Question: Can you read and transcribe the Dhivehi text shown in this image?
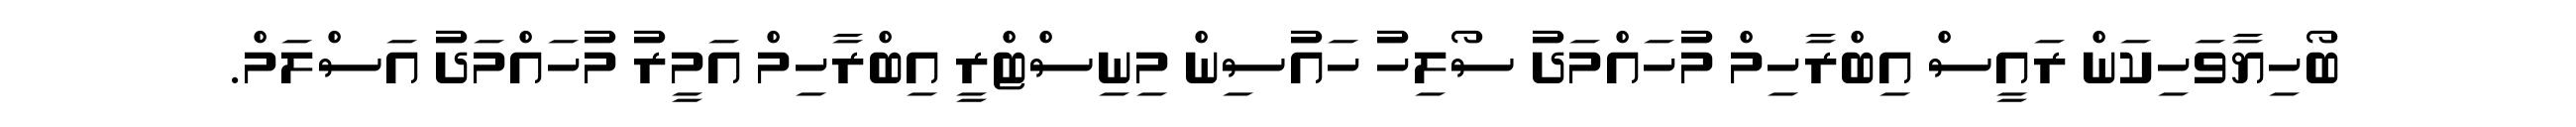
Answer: ބޯހިޔާވަހިކަން ރައީސް އިބްރާހިމް މުހައްމަދު ސޯލިހު ހައުސިން މިނިސްޓްރީ އިބްރާހިމް އަމީރު މުހައްމަދު އަސްލަމް.